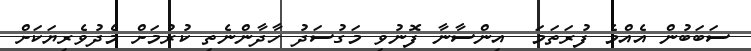
ސަބަބުން އެއްމެ ފުރަތަމަ  އިންސާނާ ފޮނުވި މަގުސަދު ހާދާންނެތި ކުރުމަށް މެދުވެރިޔަކަށް